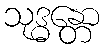
သုဒ္ဓန္တော